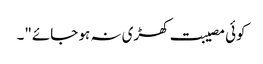
کوئی مصیبت کھڑی نہ ہو جائے"۔